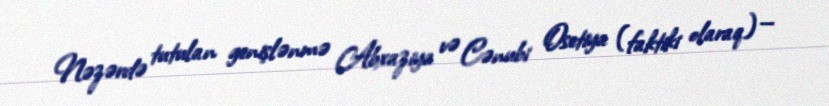
Nəzərdə tutulan genişlənmə Abxaziya və Cənubi Osetiya (faktiki olaraq) —